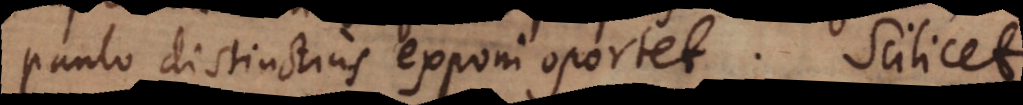
paulo distinctius exponi oportet. Scilicet